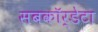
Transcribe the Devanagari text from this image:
सबकॉर्डेटा